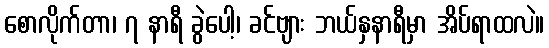
စောလိုက်တာ၊ ၇ နာရီ ခွဲပေါ့၊ ခင်ဗျား ဘယ်နှနာရီမှာ အိပ်ရာထလဲ။